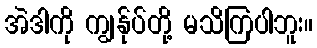
အဲဒါကို ကျွန်ုပ်တို့ မသိကြပါဘူး။